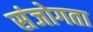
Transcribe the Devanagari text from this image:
संजोगता